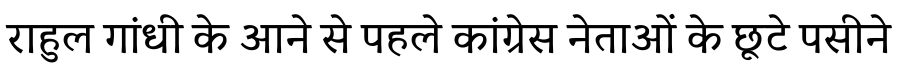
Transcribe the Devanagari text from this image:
राहुल गांधी के आने से पहले कांग्रेस नेताओं के छूटे पसीने